Annual administration report of the Civil Veterinary Department, Ajmere-Merwara, British Rajputana - 1914-1940
Year: 1914
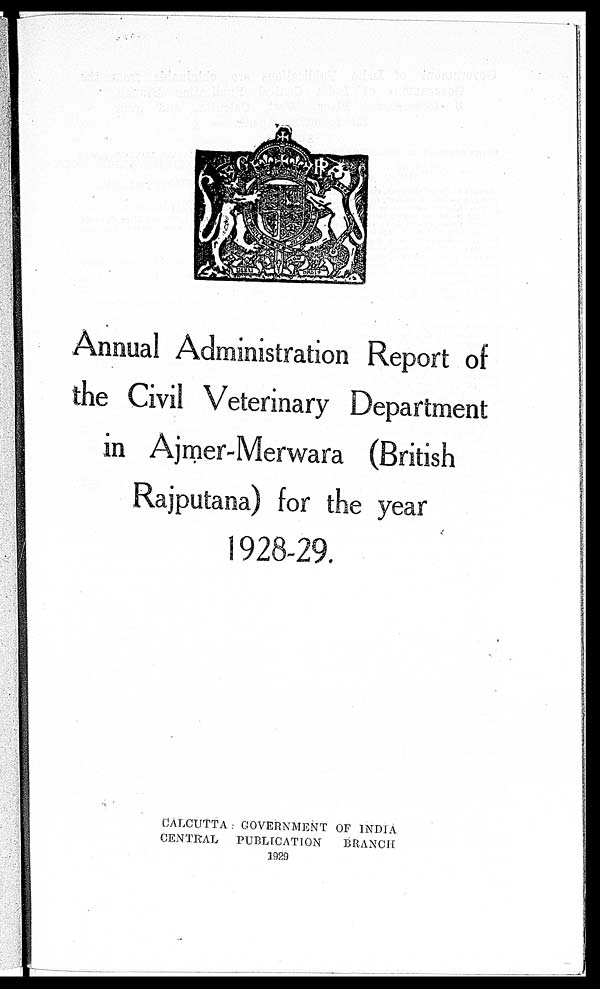
Annual Administration Report of
the Civil Veterinary Department
in Ajmer-Merwara (British
Rajputana) for the year
1928-29.
CALCUTTA GOVERNMENT OF INDIA
CENTRAL
PUBLICATION
BRANCH
1929